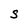
Character: S